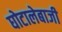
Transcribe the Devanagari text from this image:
घोटालेबाजी